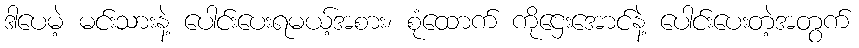
ဒါပေမဲ့ မင်းသားနဲ့ ပေါင်းပေးရမယ့်အစား၊ စုံထောက် ကိုဌေးအောင်နဲ့ ပေါင်းပေးတဲ့အတွက်